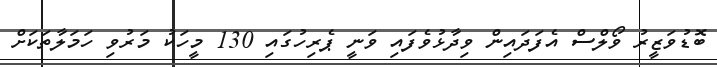
ބޮޑުވަޒީރު ވޯލްސް އެފަދައިން ވިދާޅުވެފައި ވަނީ ޕެރިހުގައި 130 މީހަކު މަރުވި ހަމަލާތަކަށް